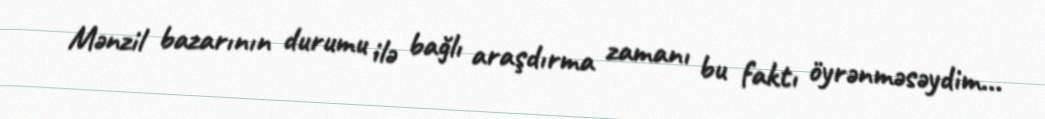
Mənzil bazarının durumu ilə bağlı araşdırma zamanı bu faktı öyrənməsəydim...